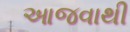
આજવાથી